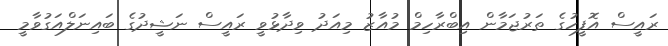
ރައީސް އޮފީހުގެ ތަރުޖަމާން އިބްރާހިމް މުއާޒު މިއަދު ވިދާޅުވީ ރައީސް ނަޝީދުގެ ބައިނަލްއަގުވާމީ